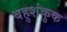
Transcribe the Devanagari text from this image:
बहुशंकुक